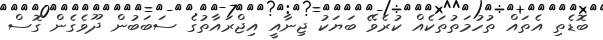
ބޮޑެތި އެތައް ތުހުމަތުތަކެއް ކުރެވޭ ބަޔަކު ޖިނާއީ އިޖްރައާތުގެ ސަބަބުން ދޫވެގެން ގޮސް